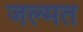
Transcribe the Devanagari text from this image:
जल्मत